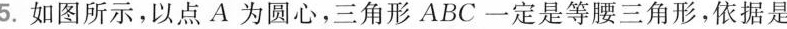
5.如图所示，以点A为圆心，三角形ABC一定是等腰三角形，依据是